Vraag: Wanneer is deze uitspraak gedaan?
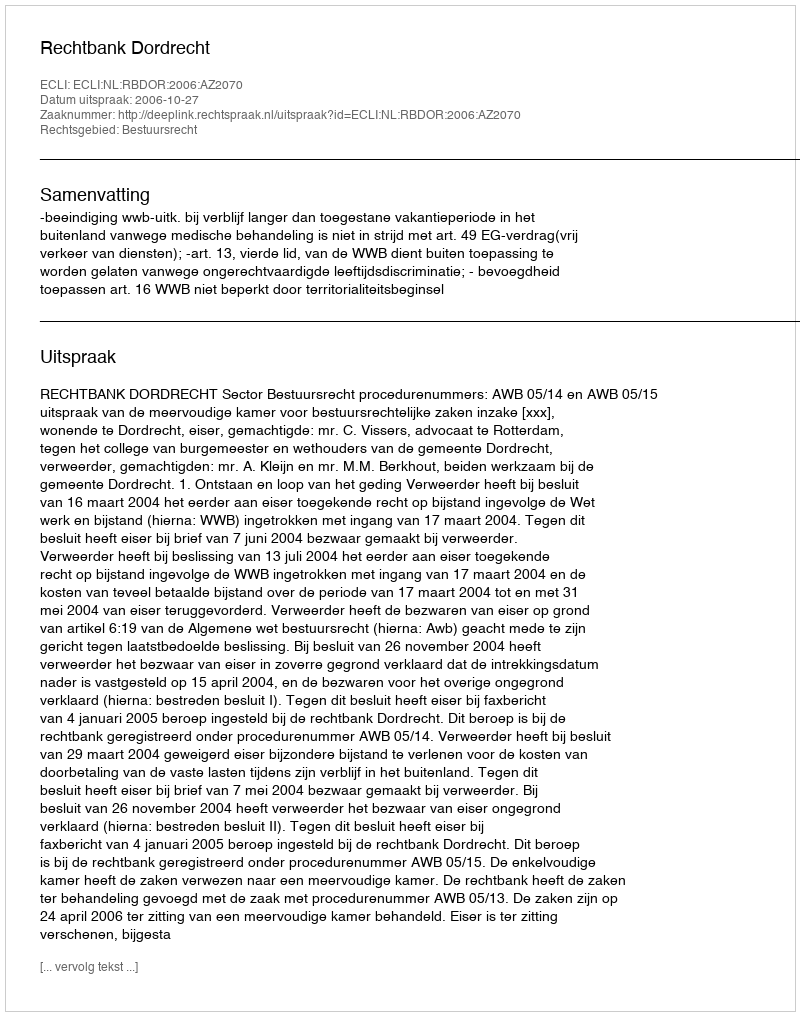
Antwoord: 2006-10-27